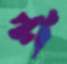
শ